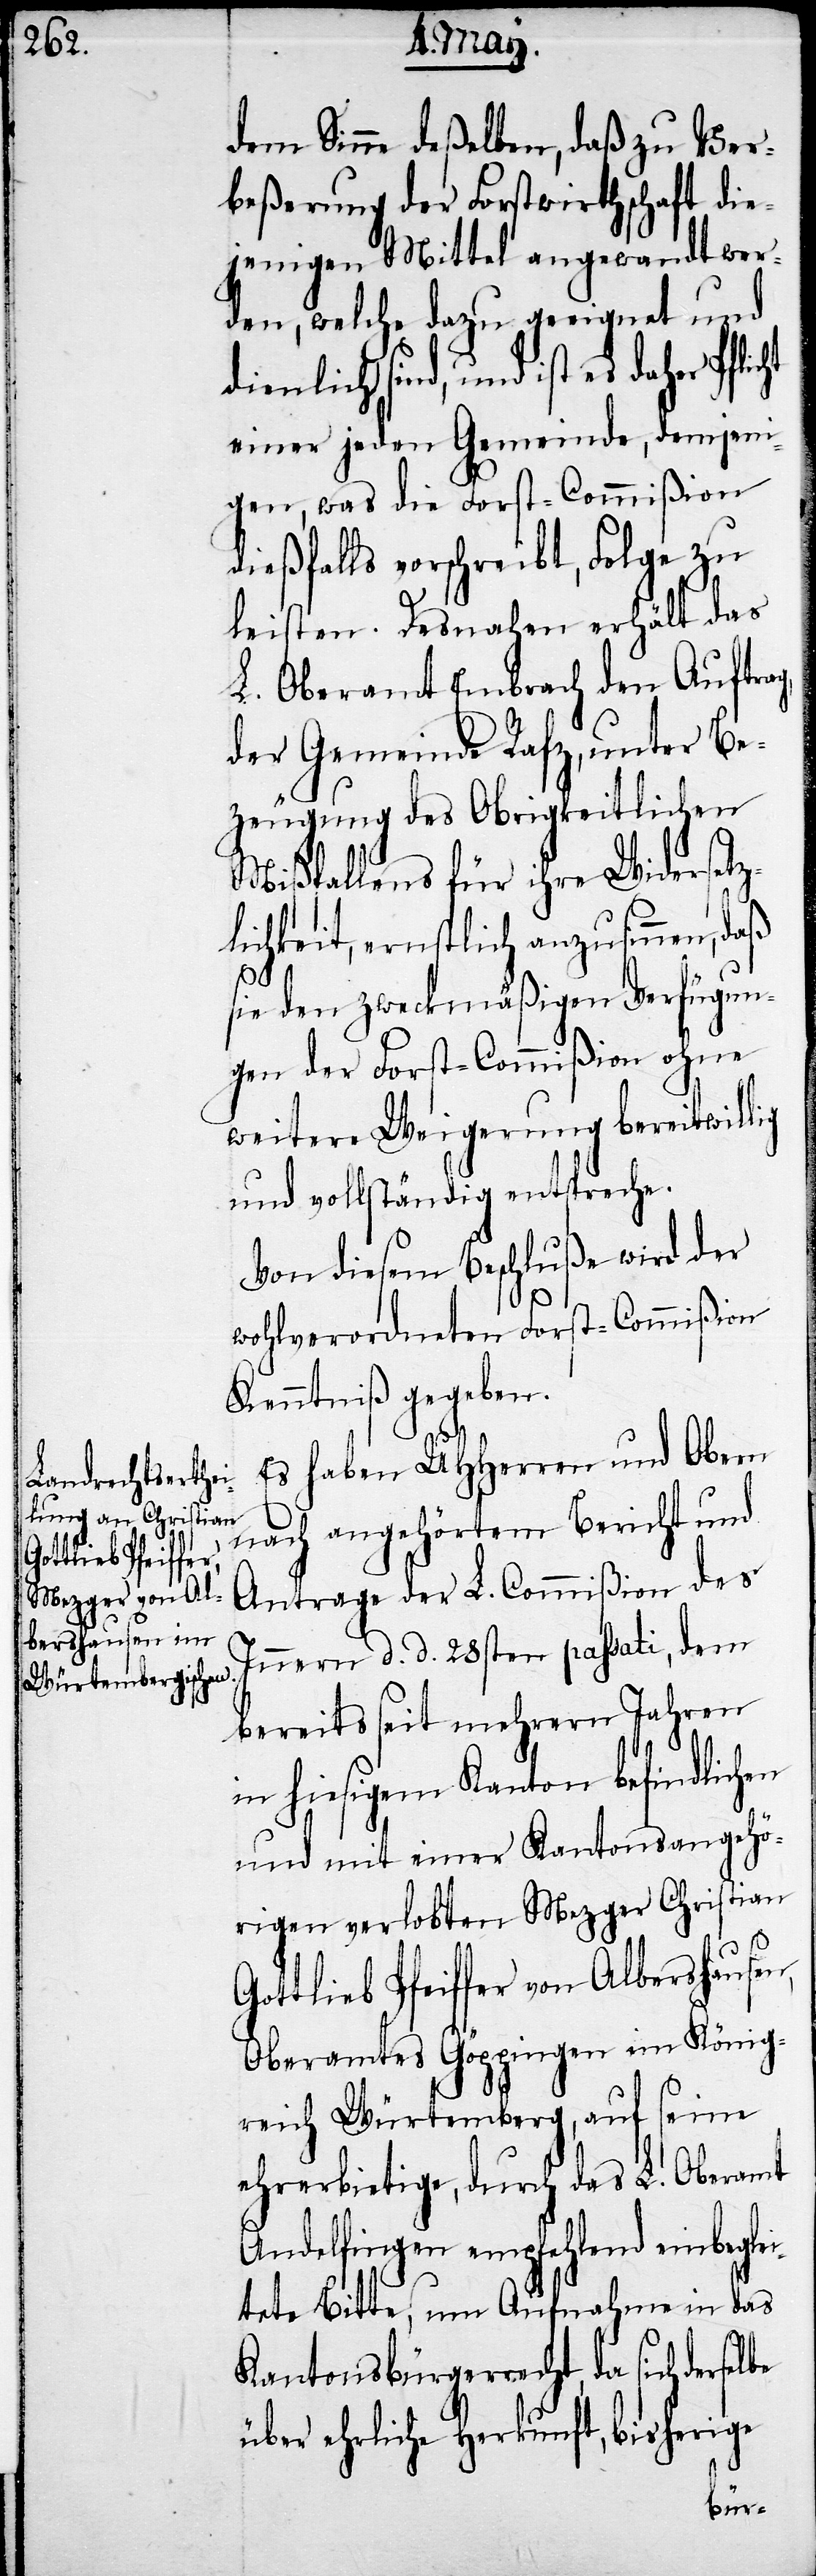
Gottlieb Pfeiffer

dem Sinne deßelben, daß zu Ver¬
beßerung der Forstwirtschaft die¬
jenigen Mittel angewandt wer¬
den, welche dazu geeignet und
dienlich sind, und ist es daher Pflic¬
ht einer jeden Gemeinde, demjeni¬
gen, was die Forst-Commißion
dießfalls vorschreibt, Folge zu
leisten. Desnahen erhält das
L. Oberamt Embrach den Auftrag,
der Gemeinde Rafz, unter Be¬
zeugung des Obrigkeitlichen
Mißfallens für ihre Widersetz¬
lichkeit, ernstlich anzusinnen, daß
sie den zweckmäßigen Verfügun¬
gen der Forst-Commißion ohne
weitere Weigerung bereitwillig
und vollständig entspreche.
Von diesem Beschluße wird der
wohlverordneten Forst-Commißion
Kenntniß gegeben.
Es haben UHHerren und Obern
nach angehörtem Bericht und
Antrage der L. Commißion des
Innern d. d. 28sten passati, dem
bereits seit mehrern Jahren
in hiesigem Kanton befindlichen
und mit einer Kantonsangehö¬
rigen verlobten Mezger Christian
Oberamtes Göppingen im König¬
reich Würtemberg, auf seine
ehrerbietige, durch das L. Oberamt
Andelfingen empfehlend einbeglei¬
tete Bitte, um Aufnahme in das
Kantonsbürgerrecht, da sich
über ehrliche Herkunft, bisherige